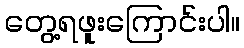
တွေ့ရဖူးကြောင်းပါ။